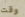
وقت